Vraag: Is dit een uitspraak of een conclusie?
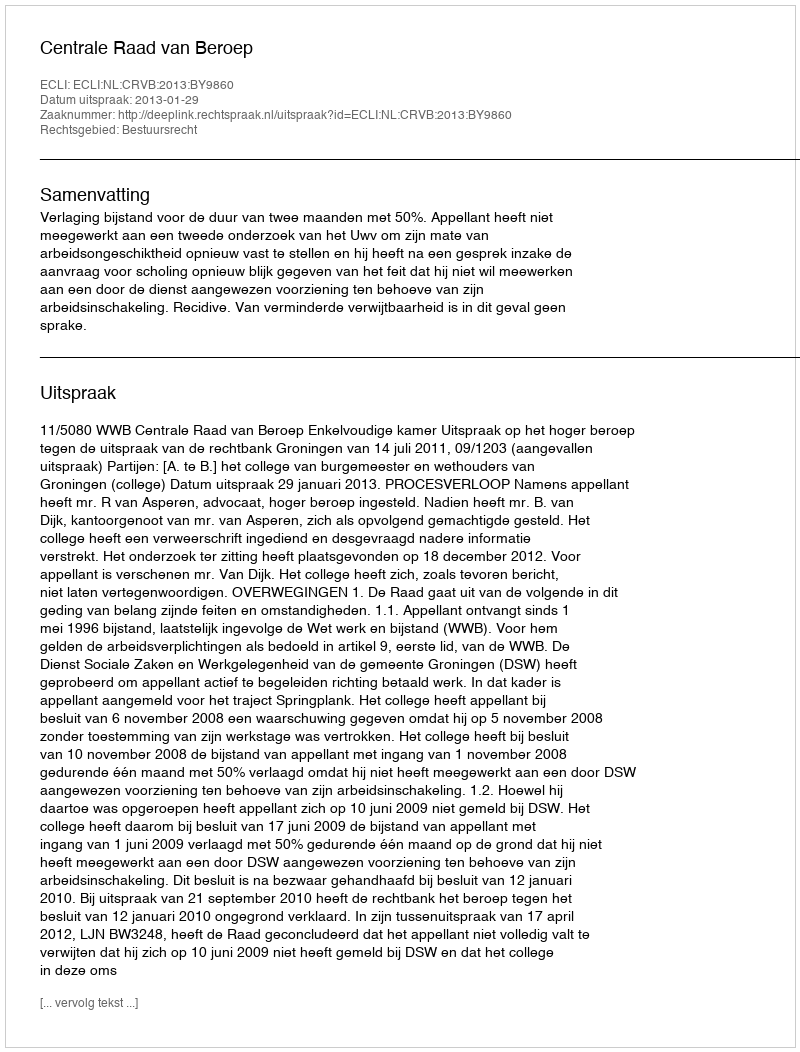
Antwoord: Uitspraak